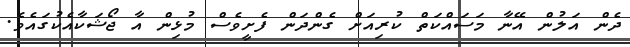
ދެން އަލުން އޭނާ މަސައްކަތް ކުރިއަށް ގެންދަން ފެށީވެސް މުޅިން އާ ޖޯޝަކާއެކުގައެވެ.